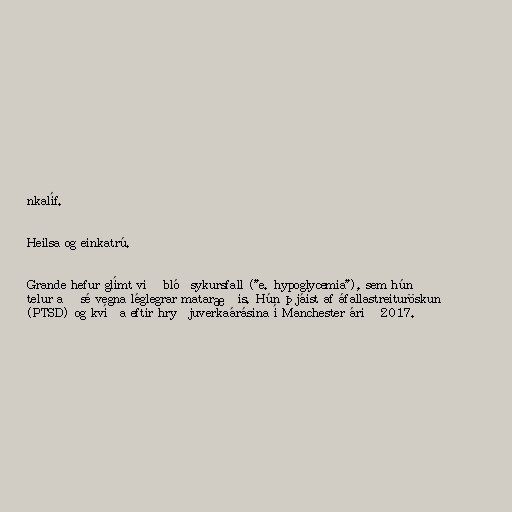
nkalíf.

Heilsa og einkatrú.

Grande hefur glímt við blóðsykursfall ("e. hypoglycemia"), sem hún
telur að sé vegna léglegrar mataræðis. Hún þjáist af áfallastreituröskun
(PTSD) og kvíða eftir hryðjuverkaárásina í Manchester árið 2017.